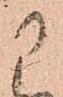
に